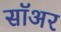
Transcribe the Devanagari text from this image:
सॉअर